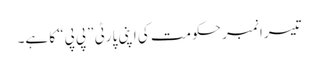
تیسرا نمبر حکومت کی اپنی پارٹی ”پی پی“ کا ہے۔